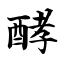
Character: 酵